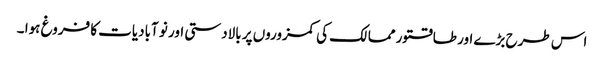
اس طرح بڑے اور طاقتور ممالک کی کمزوروں پر بالادستی اور نو آبادیات کا فروغ ہوا ۔